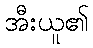
အီးယူ၏